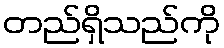
တည်ရှိသည်ကို